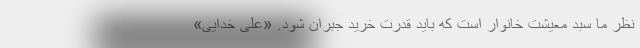
نظر ما سبد معیشت خانوار است که باید قدرت خرید جبران شود. «علی خدایی»